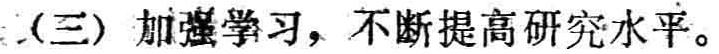
（三）加强学习，不断提高研究水平。